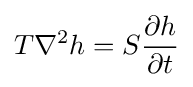
T\nabla ^{2}h=S{\partial h \over \partial t}